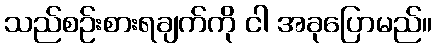
သည်စဉ်းစားရချက်ကို ငါ အခုပြောမည်။